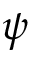
\psi